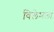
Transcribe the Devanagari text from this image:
विलेमला